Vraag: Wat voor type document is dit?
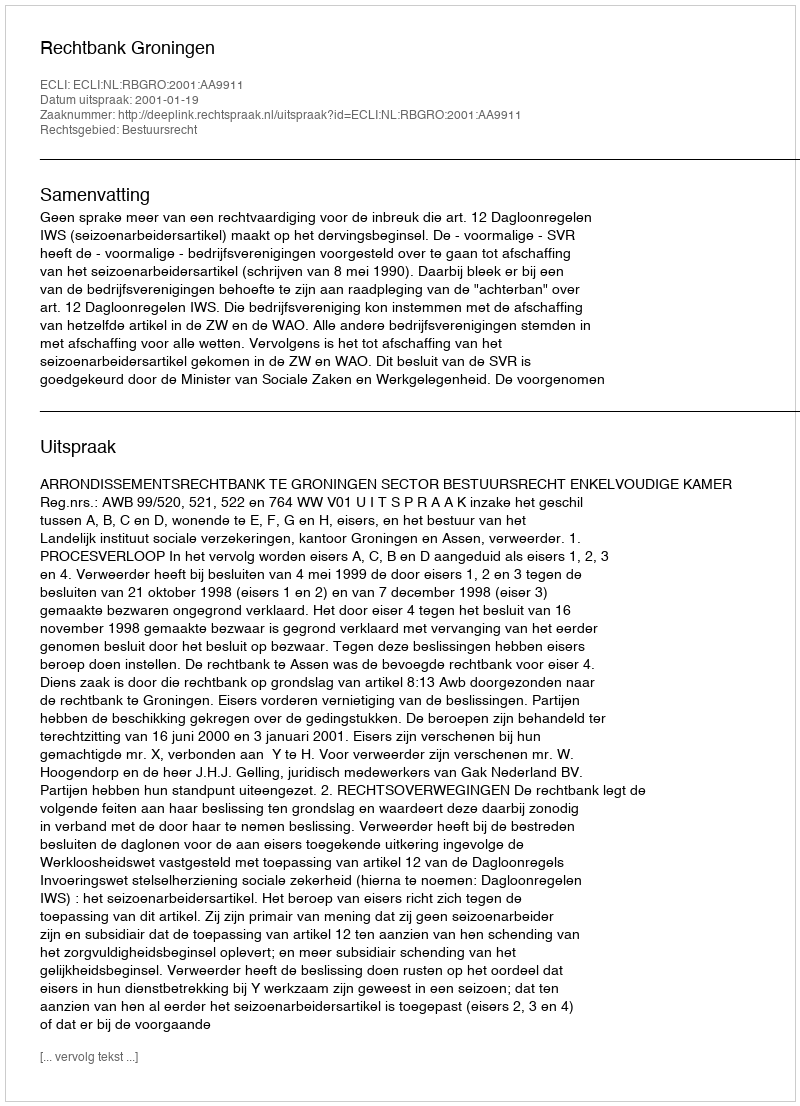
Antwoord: Uitspraak